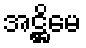
အဋ္ဌိမေ